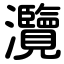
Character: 灠